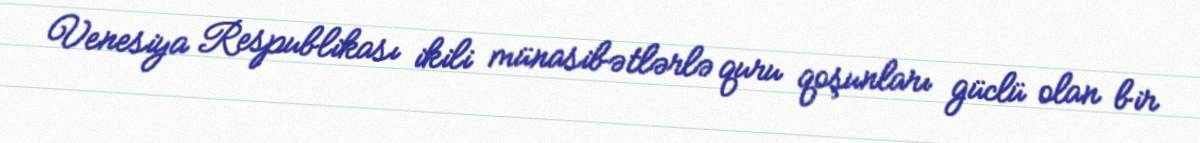
Venesiya Respublikası ikili münasibətlərlə quru qoşunları güclü olan bir